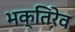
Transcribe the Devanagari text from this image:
भक्तिरेव